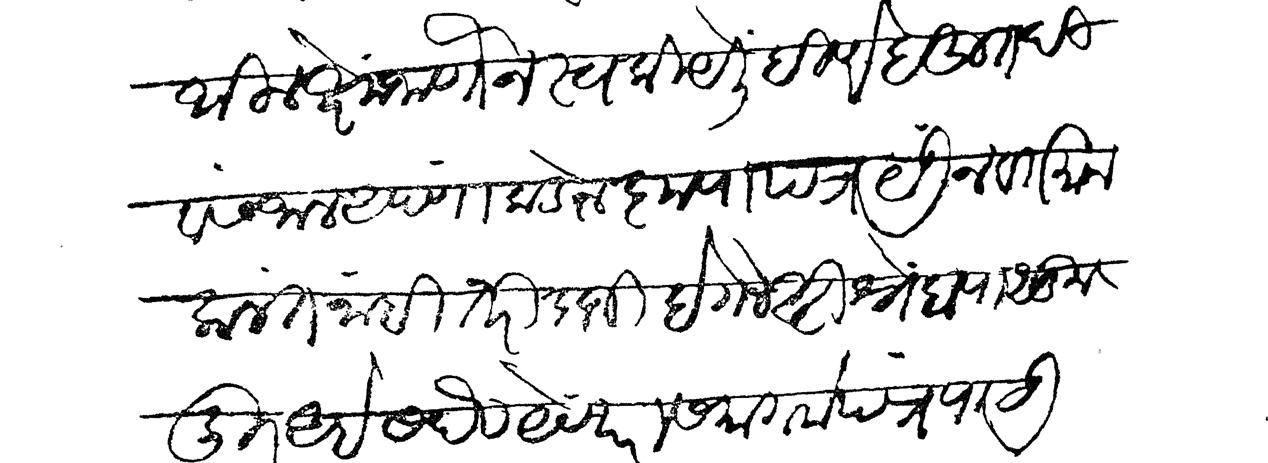
Transliteration (Devanagari): थील क्षेम जाणोन स्वकीयें लिहिणे बहुत दिवस जाले अपणांकडोन कृपापत्र येऊन वर्तमान कलत नाही तरी दाजी हे गोष्टी श्नेहापासून दूर आहेत सदैव येणारा समागमे पत्र पाठऊ